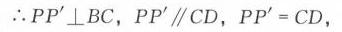
\(\therefore PP'\perp BC\)，\(PP'\parallel CD\)，\(PP' = CD\)，